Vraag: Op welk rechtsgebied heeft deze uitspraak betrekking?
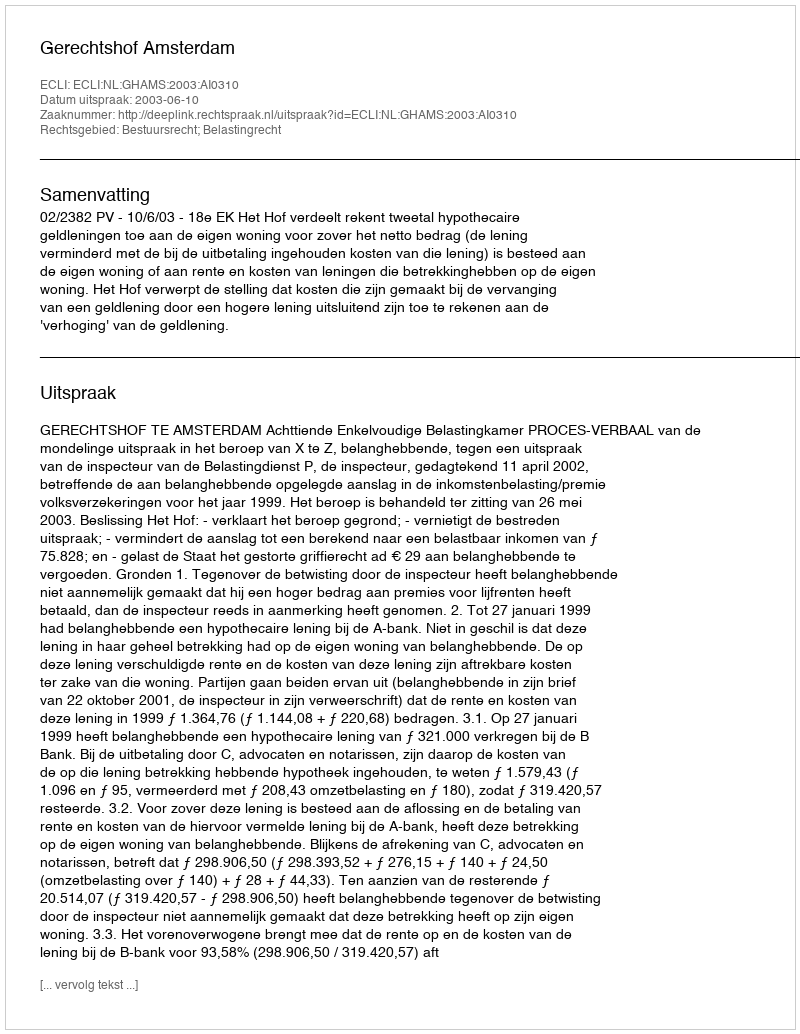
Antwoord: Bestuursrecht; Belastingrecht